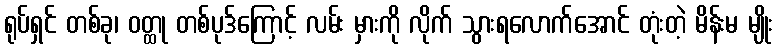
ရုပ်ရှင် တစ်ခု၊ ဝတ္ထု တစ်ပုဒ်ကြောင့် လမ်း မှားကို လိုက် သွားရလောက်အောင် တုံးတဲ့ မိန်းမ မျိုး